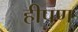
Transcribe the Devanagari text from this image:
हीपण